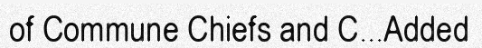
of Commune Chiefs and C...Added